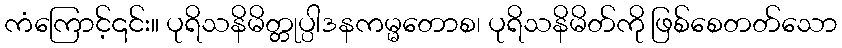
ကံကြောင့်၎င်း။ ပုရိသနိမိတ္တုပ္ပါဒနကမ္မတောစ၊ ပုရိသနိမိတ်ကို ဖြစ်စေတတ်သော